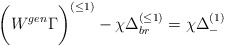
\begin{align*}\biggl( W^{gen} \Gamma \biggr)^{(\leq 1)}- \chi \Delta_{br}^{(\leq 1)} = \chi \Delta _-^{(1)}\end{align*}